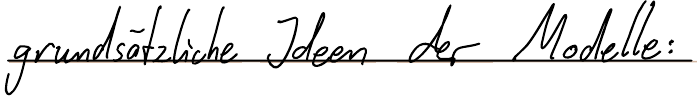
grundsätzliche Ideen der Modell: